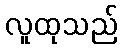
လူထုသည်